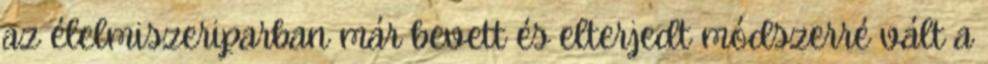
az élelmiszeriparban már bevett és elterjedt módszerré vált a